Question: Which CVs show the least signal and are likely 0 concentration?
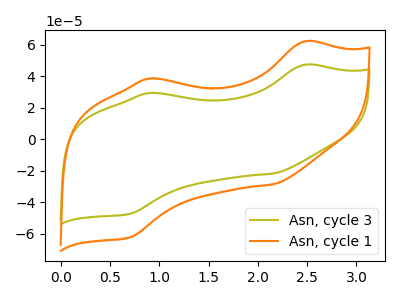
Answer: <think>The olive curve "Asn, cycle 3" has anodic peaks at (2.45V, 47.25uA) (0.90V, 29.30uA) and cathodic peaks at (2.15V, -21.75uA) (0.70V, -47.40uA). The orange curve "Asn, cycle 1" has anodic peaks at (2.45V, 62.10uA) (0.90V, 38.50uA) and cathodic peaks at (2.15V, -28.60uA) (0.70V, -62.30uA).</think>
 <answer>There are not any CV's on this graph that are likely to be blanks.</answer>
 <eval>none</eval>